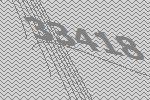
33418